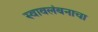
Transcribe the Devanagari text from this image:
स्वावलंबनाचा